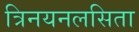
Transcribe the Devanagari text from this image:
त्रिनयनलसिता